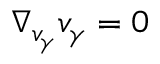
\nabla _ { v _ { \gamma } } v _ { \gamma } = 0